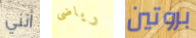
أنني رياضى بروتين